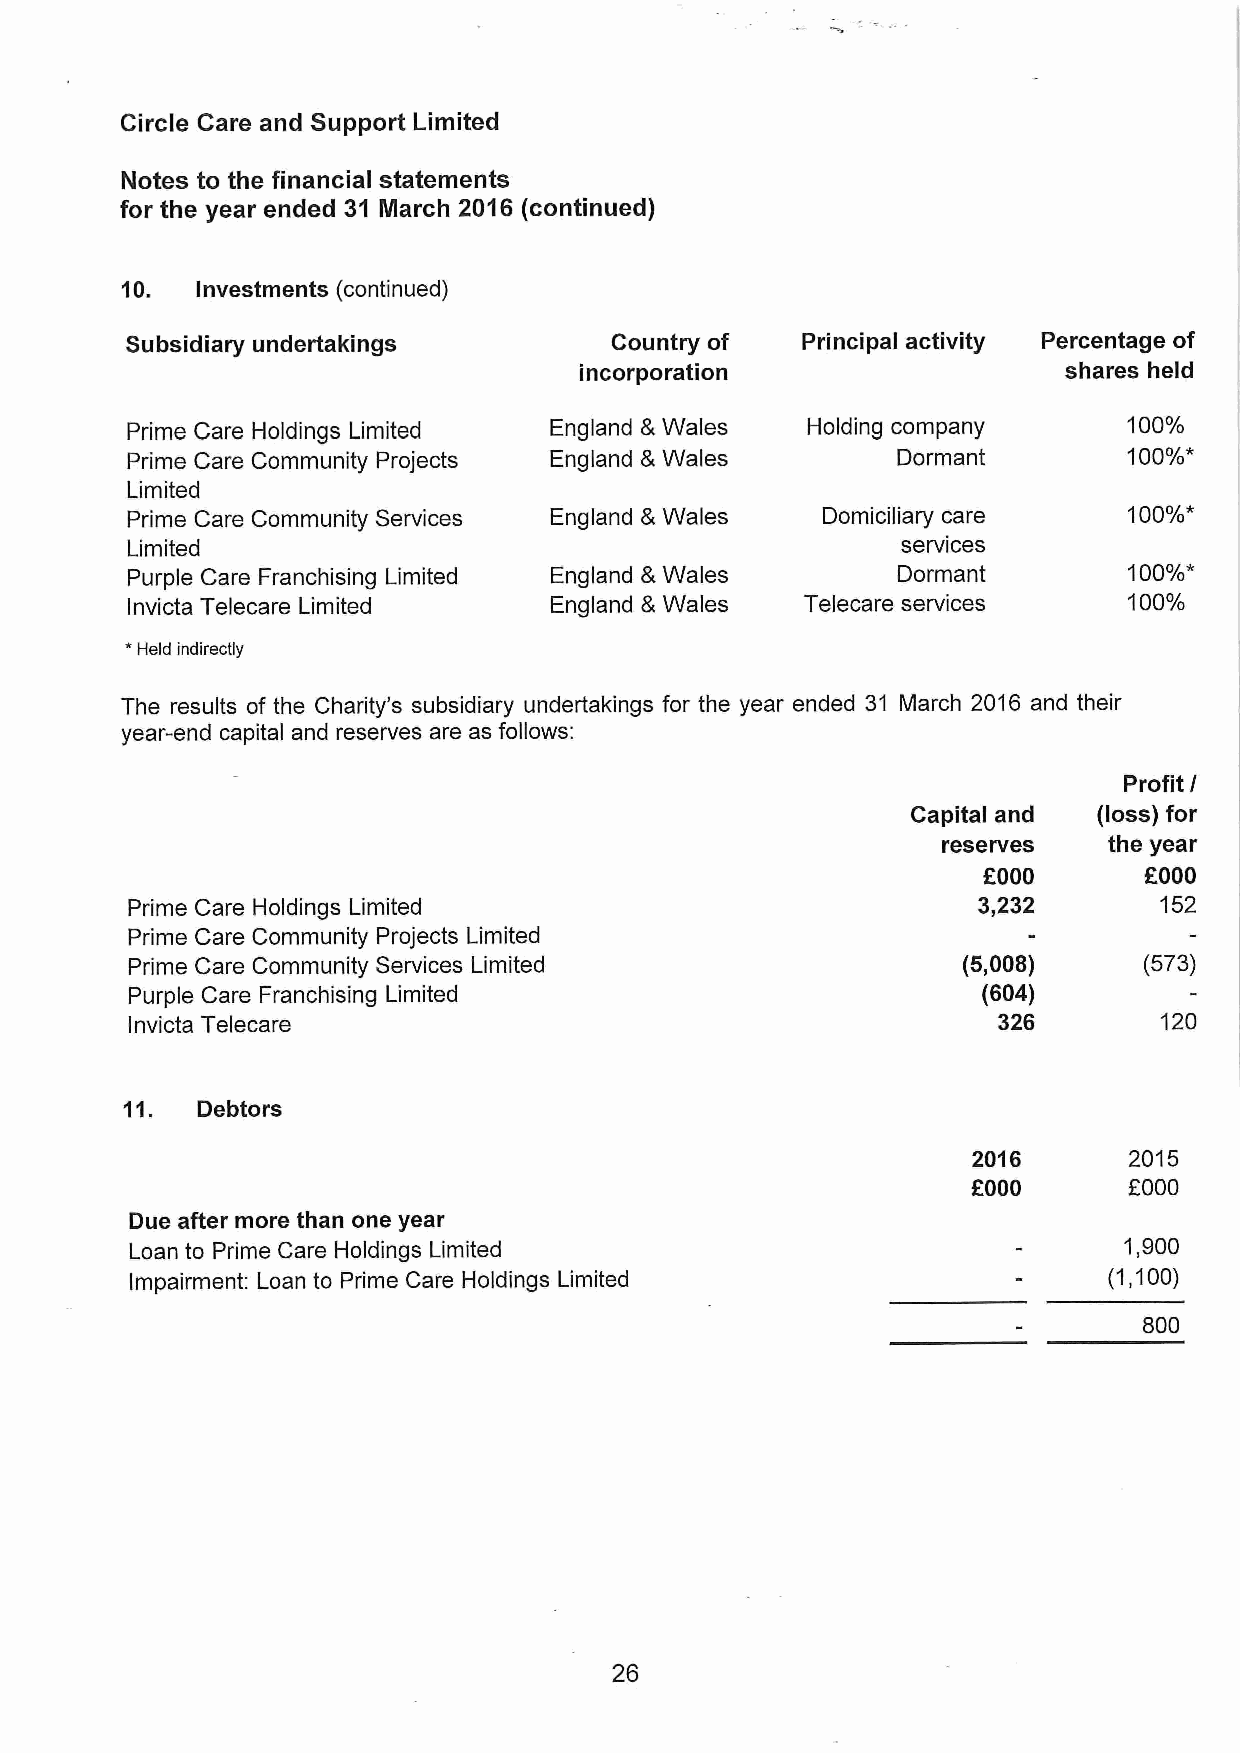
Circle Care and Support Limited
 Notes to the financial statements
 for the year ended 31 March 2016 (continued)
 10.  Investments (continued)
 Subsidiary undertakings         Country of   Principal activity Percentage of
 incorporation                   shares held
 Prime Care Holdings Limited England &Wales   Holding company       100%
 Prime Care Community Projects England &Wales       Dormant         100%*
 Limited
 Prime Care Community Services England &Wales  Domiciliary care     100%"
 services
 Limited
 Purple Care Franchising Limited England &Wales     Dormant         100%*
 Invicta Telecare Limited    England &Wales   Telecare services     100%
 *
 Held indirectly
 The results of the Charity's subsidiary undertakings for the year ended 31 March 2016 and their
 year-end capital and reserves are as follows:
 Profit I
 Capital and  (loss) for
 reserves   the year
 f000       f000
 Prime Care Holdings Limited                              3,232       152
 Prime Care Community Projects Limited
 Prime Care Community Services Limited                   (5,008)     (573)
 Purple Care Franchising Limited                          (604)
 Invicta Telecare                                         326        120
 11.  Debtors
 2016       2015
 f000
 OOOO
 Due after more than one year
 Loan to Prime Care Holdings Limited                              1,900
 Impairment: Loan to Prime Care Holdings Limited                 (1,100)
 800
 26